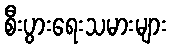
စီးပွားရေးသမားများ